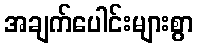
အချက်ပေါင်းများစွာ